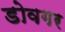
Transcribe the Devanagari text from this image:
डोवगर